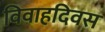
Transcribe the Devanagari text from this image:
विवाहदिवस